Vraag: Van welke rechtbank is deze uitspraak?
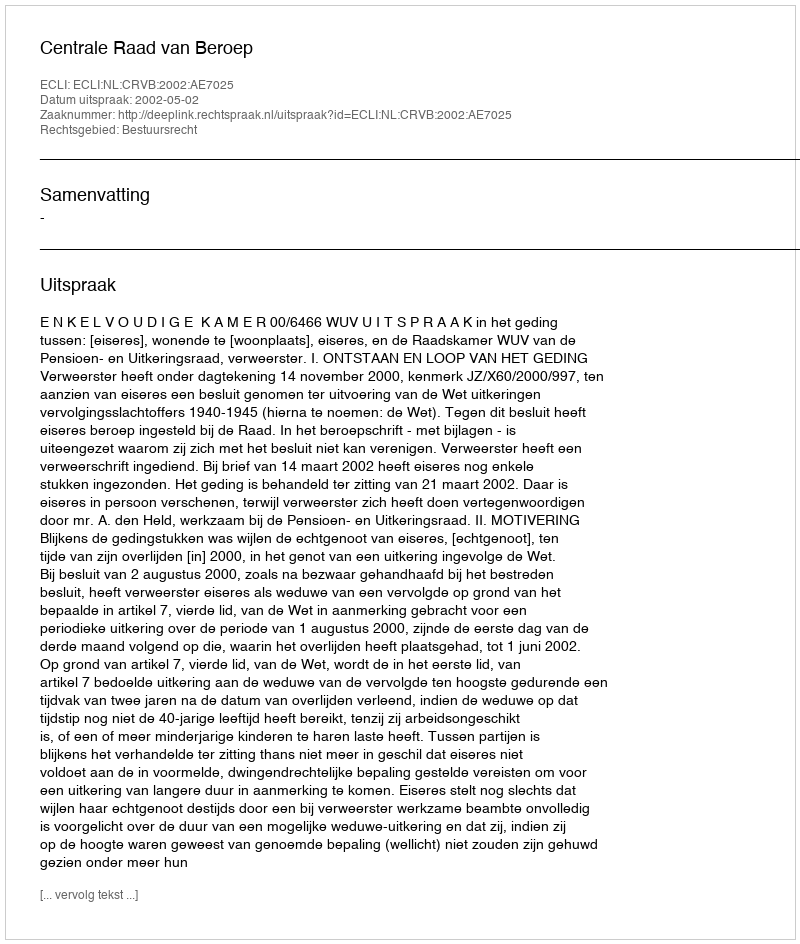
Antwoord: Centrale Raad van Beroep